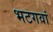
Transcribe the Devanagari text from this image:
भटगवां